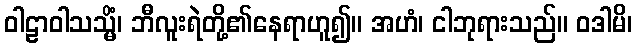
ဝါဠာဝါသသ္မိံ၊ ဘီလူးရဲတို့၏နေရာဟူ၍။ အဟံ၊ ငါဘုရားသည်။ ဝဒါမိ၊